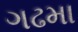
ગઢમા